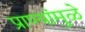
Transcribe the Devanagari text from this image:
प्राण्यांमुळे